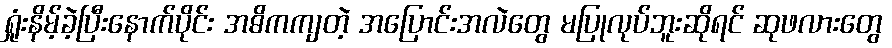
ရှုံးနိမ့်ခဲ့ပြီးနောက်ပိုင်း အဓိကကျတဲ့ အပြောင်းအလဲတွေ မပြုလုပ်ဘူးဆိုရင် ဆုဖလားတွေ